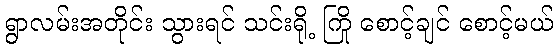
ရွာလမ်းအတိုင်း သွားရင် သင်းရို့ ကြို စောင့်ချင် စောင့်မယ်